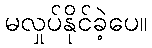
မလှုပ်နိုင်ခဲ့ပေ။